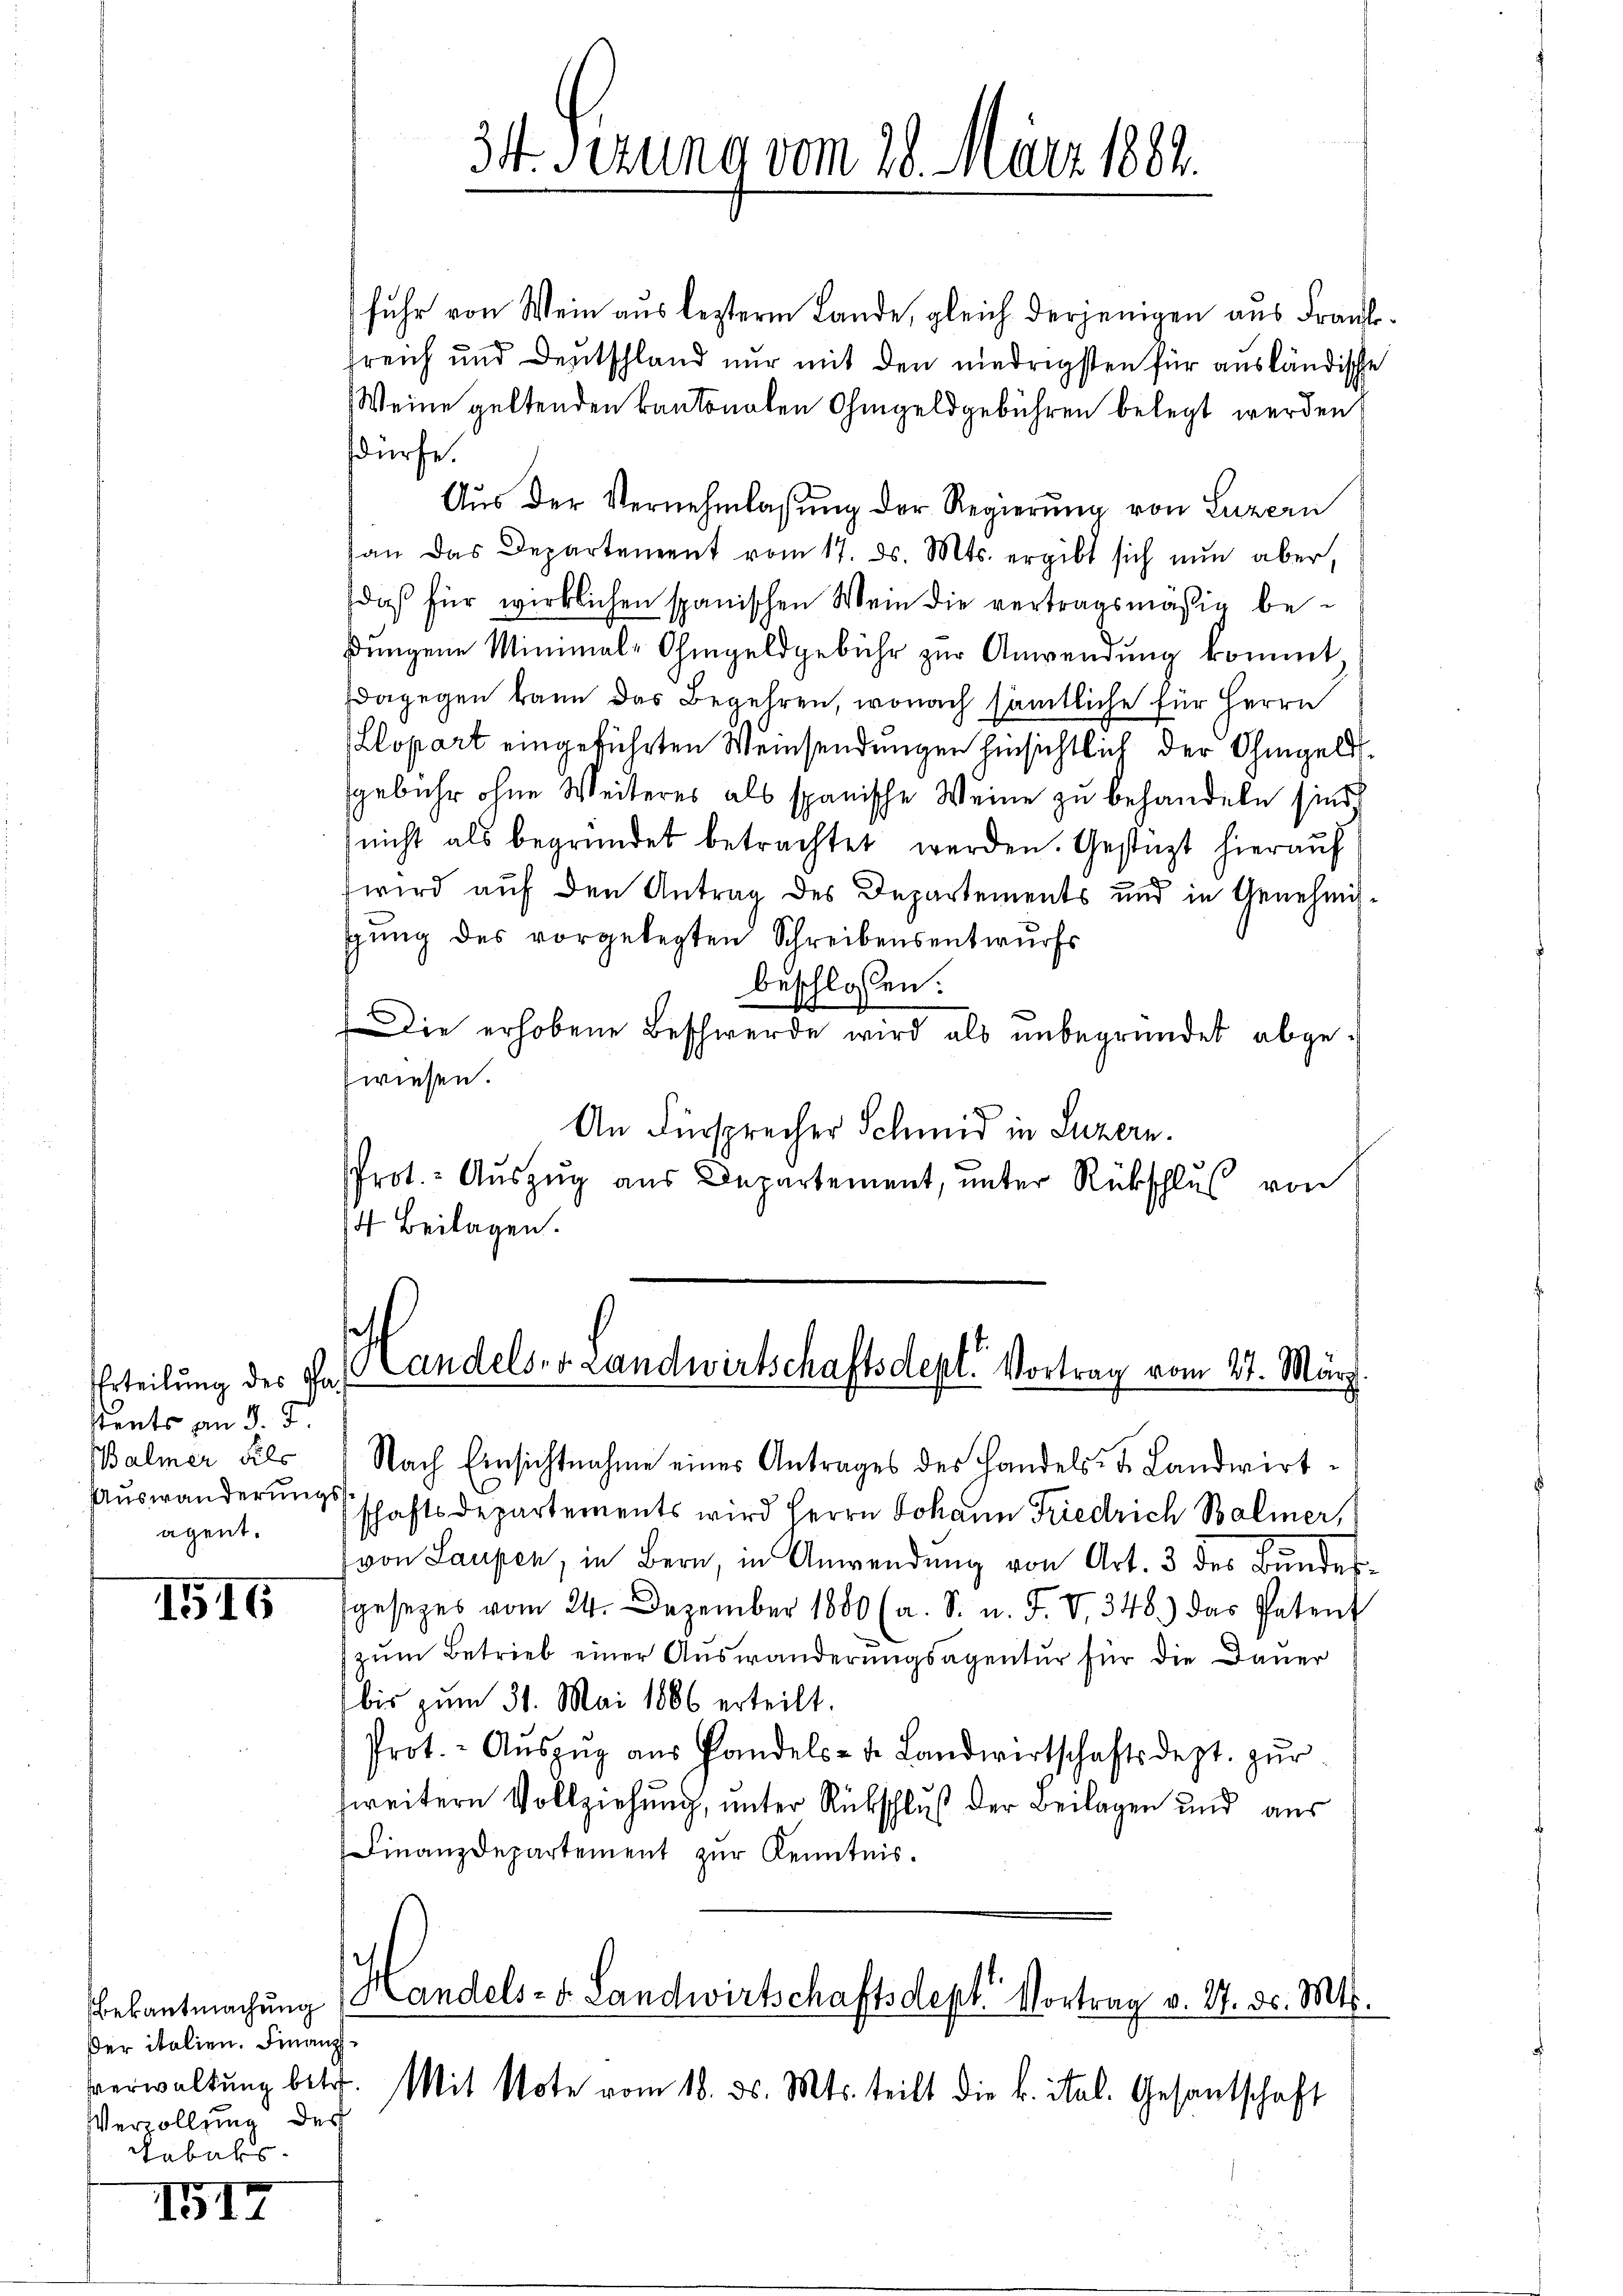
Erteilung des Pastents von 3. 5
Balmer Fils
agent.

1515

1517

fuhr von Wein aus lezterm Lande, gleich derjenigen aus Frankreich und Deutschland nur mit den niedrigsten für ausländische
Weine geltenden kantonalen Ohmgeldgebühren belegt werden,
dürfe.
Aŭs der Vernehmlassŭng der Regierŭng von Luzern
an das Departement vom 17. ds. Mts. ergibt sich nun aber,
daß für wirklichen spanischen Mein die vertragsmäßig bedŭngene Minimal-Ohmgeldgebühr zŭr Anwendŭng kommt.
dagegen kann das Begehren, wonach sämtliche für Herrn
Llopart eingeführten Weinsendungen hinsichtlich der Ohmgeldsgebühr ohne Weiteres als spanische Weine zu behandeln sind.
(nicht als begründet betrachtet werden. Gestüzt hierauf
wird auf den Antrag des Departements und in Genehmigung des vorgelegten Schreibensentwurfs
beschlossen:
Die erhobene Beschwerde wird als unbegründet abgewiesen.
An Fürsprecher Schmid in Luzern.
Prot.- Aŭszŭg aŭs Departement, ŭnter Rückschlŭβ von
4 Beilagen.

Bekanntmachung
ßer italien. Finanz
Verzollung des
Tabaks

34. Serung vom 28. März 1882.

Handels- Landwirtschaftsdept Vortrag vom 14. März.

Nach Einsichtnahme eines Antrages des Handels- & Landwirt-
Auswanderungschaftsdepartements wird Herrn Johann Friedrich Balmer,
von Laupen, in Bern, in Anwendung von Art. 3 des Bundesgesezes vom 24. Dezember 1880 (a. S. u. F. V. 348) das Patent
zum Betrieb einer Auswanderungsagentur für die Dauer
bis zum 31. Mai 1886 erteilt.
Prot. - Aŭszŭg aŭs Pandels- u. Landwirtschaftsdept. zŭr
zweitern Vollziehung, unter Rükschluß der Beilagen und aus
Finanzdepartement zŭr Kenntnis.

Handels- u. Landwirtschaftsdept Vortrag v. 17. d. Mts.

verwaltŭng betr. Mit Note vom 18. ds. Mts. teilt die k. ital. Gesantschaft